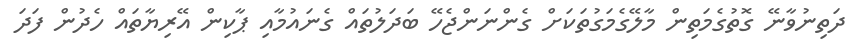
ދަތިނުވާނޭ ގޮތުގެމަތިން މާލޭގެމަގުތަކަށް ގެންނަންޖެހޭ ބަދަލުތައް ގެނައުމާއި ޕާކިން އޭރިޔާތައް ހެދުން ފަދަ